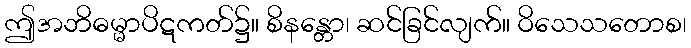
ဤအဘိဓမ္မာပိဋကတ်၌။ စိနန္တော၊ ဆင်ခြင်လျက်။ ဝိသေသတောစ၊